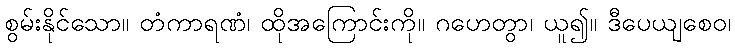
စွမ်းနိုင်သော။ တံကာရဏံ၊ ထိုအကြောင်းကို။ ဂဟေတွာ၊ ယူ၍။ ဒီပေယျစေဝ၊